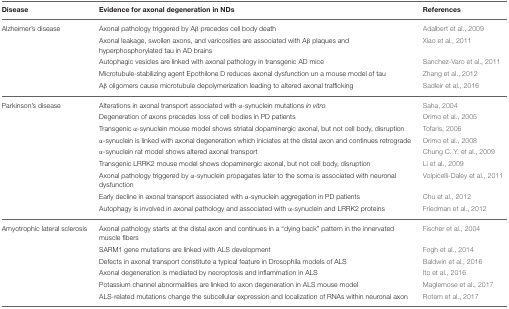
| Disease | Evidence for axonal degeneration in NDs | References |
 | --- | --- | --- |
 | Alzheimer's disease | Axonal pathology triggered by Aβ precedes cell body death | Adalbert et al., 2009 |
 |  | Axonal leakage, swollen axons, and varicosities are associated with Aβ plaques and hyperphosphorylated tau in AD brains | Xiao et al., 2011 |
 |  | Autophagic vesicles are linked with axonal pathology in transgenic AD mice | Sanchez-Varo et al., 2011 |
 |  | Microtubule-stabilizing agent Epothilone D reduces axonal dysfunction un a mouse model of tau | Zhang et al., 2012 |
 |  | Aβ oligomers cause microtubule depolymerization leading to altered axonal trafficking | Sadleir et al., 2016 |
 | Parkinson's disease | Alterations in axonal transport associated with α-synuclein mutations in vitro | Saha, 2004 |
 |  | Degeneration of axons precedes loss of cell bodies in PD patients | Orimo et al., 2005 |
 |  | Transgenic α-synuclein mouse model shows striatal dopaminergic axonal, but not cell body, disruption | Tofaris, 2006 |
 |  | α-synuclein is linked with axonal degeneration which iniciates at the distal axon and continues retrograde | Orimo et al., 2008 |
 |  | α-synuclein rat model shows altered axonal transport | Chung C. Y. et al., 2009 |
 |  | Transgenic LRRK2 mouse model shows dopaminergic axonal, but not cell body, disruption | Li et al., 2009 |
 |  | Axonal pathology triggered by α-synuclein propagates later to the soma is associated with neuronal dysfunction | Volpicelli-Daley et al., 2011 |
 |  | Early decline in axonal transport associated with α-synuclein aggregation in PD patients | Chu et al., 2012 |
 |  | Autophagy is involved in axonal pathology and associated with α-synuclein and LRRK2 proteins | Friedman et al., 2012 |
 | Amyotrophic lateral sclerosis | Axonal pathology starts at the distal axon and continues in a “dying back” pattern in the innervated muscle fibers | Fischer et al., 2004 |
 |  | SARM1 gene mutations are linked with ALS development | Fogh et al., 2014 |
 |  | Defects in axonal transport constitute a typical feature in Drosophila models of ALS | Baldwin et al., 2016 |
 |  | Axonal degeneration is mediated by necroptosis and inflammation in ALS | Ito et al., 2016 |
 |  | Potassium channel abnormalities are linked to axon degeneration in ALS mouse model | Maglemose et al., 2017 |
 |  | ALS-related mutations change the subcellular expression and localization of RNAs within neuronal axon | Rotem et al., 2017 |